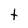
Character: t